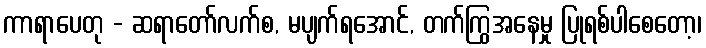
ကာရာပေတု - ဆရာတော်လက်စ, မပျက်ရအောင်, တက်ကြွအနေမှု ပြုရစ်ပါစေတော့၊